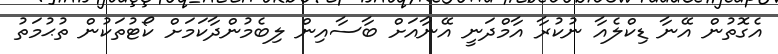
އެގޮތުން އޭނާ ޑިކްލެއާ ނުކުރާ އާމްދަނީ އޭނާއަށް ބާސާއިން ލިބެމުންދާކަމަށް ކޯޓުތަކުން ތުޙުމަތު